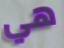
هي